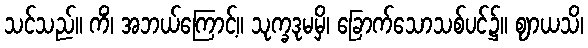
သင်သည်။ ကိံ၊ အဘယ်ကြောင့်။ သုက္ခဒုမမှိ၊ ခြောက်သောသစ်ပင်၌။ ဈာယသိ၊